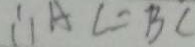
\therefore A C = B C